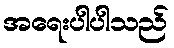
အရေးပါပါသည်